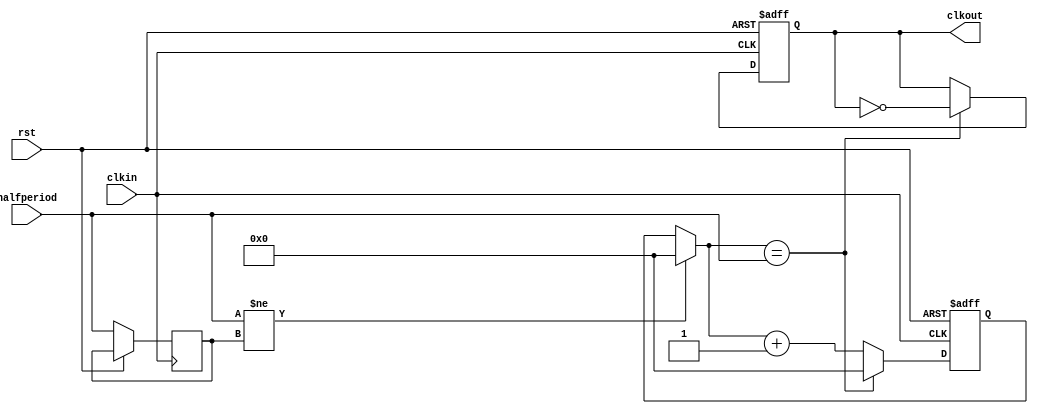
// This program was cloned from: https://github.com/DangerousPrototypes/BusPirateUltraHDL
// License: GNU General Public License v3.0

// ---------------------------------------------------------------------------
//
// Clockdivider
//
//	
//
// Written by Chris van Dongen/SMDprutser for the buspirate NextGen Ultra
// SPI info here: https://en.wikipedia.org/wiki/Serial_Peripheral_Interface
//
// ---------------------------------------------------------------------------



module clockdiv (
rst,					// reset
clkin,					// clock in
clkout,					// clock out
halfperiod				// #ticks in half period
);

input rst;
input clkin;
output reg clkout;
input [16:0] halfperiod;

reg [16:0] count;
reg [16:0] lasthalfperiod;

always @ (posedge clkin or posedge rst)
if (rst)
begin
	count = 16'b0000000000000000;
	clkout = 1'b0;
end
else
begin
	if (halfperiod != lasthalfperiod)		// reset count if period has changed
		count = 16'b0;
		
	lasthalfperiod = halfperiod;

	if (count == halfperiod)				// flip clock after halfperiod clocks
	begin
		count = 16'b0000000000000000;
		clkout = ~clkout;
	end
	else
	begin
		count = count + 1'b1;
	end
end

endmodule